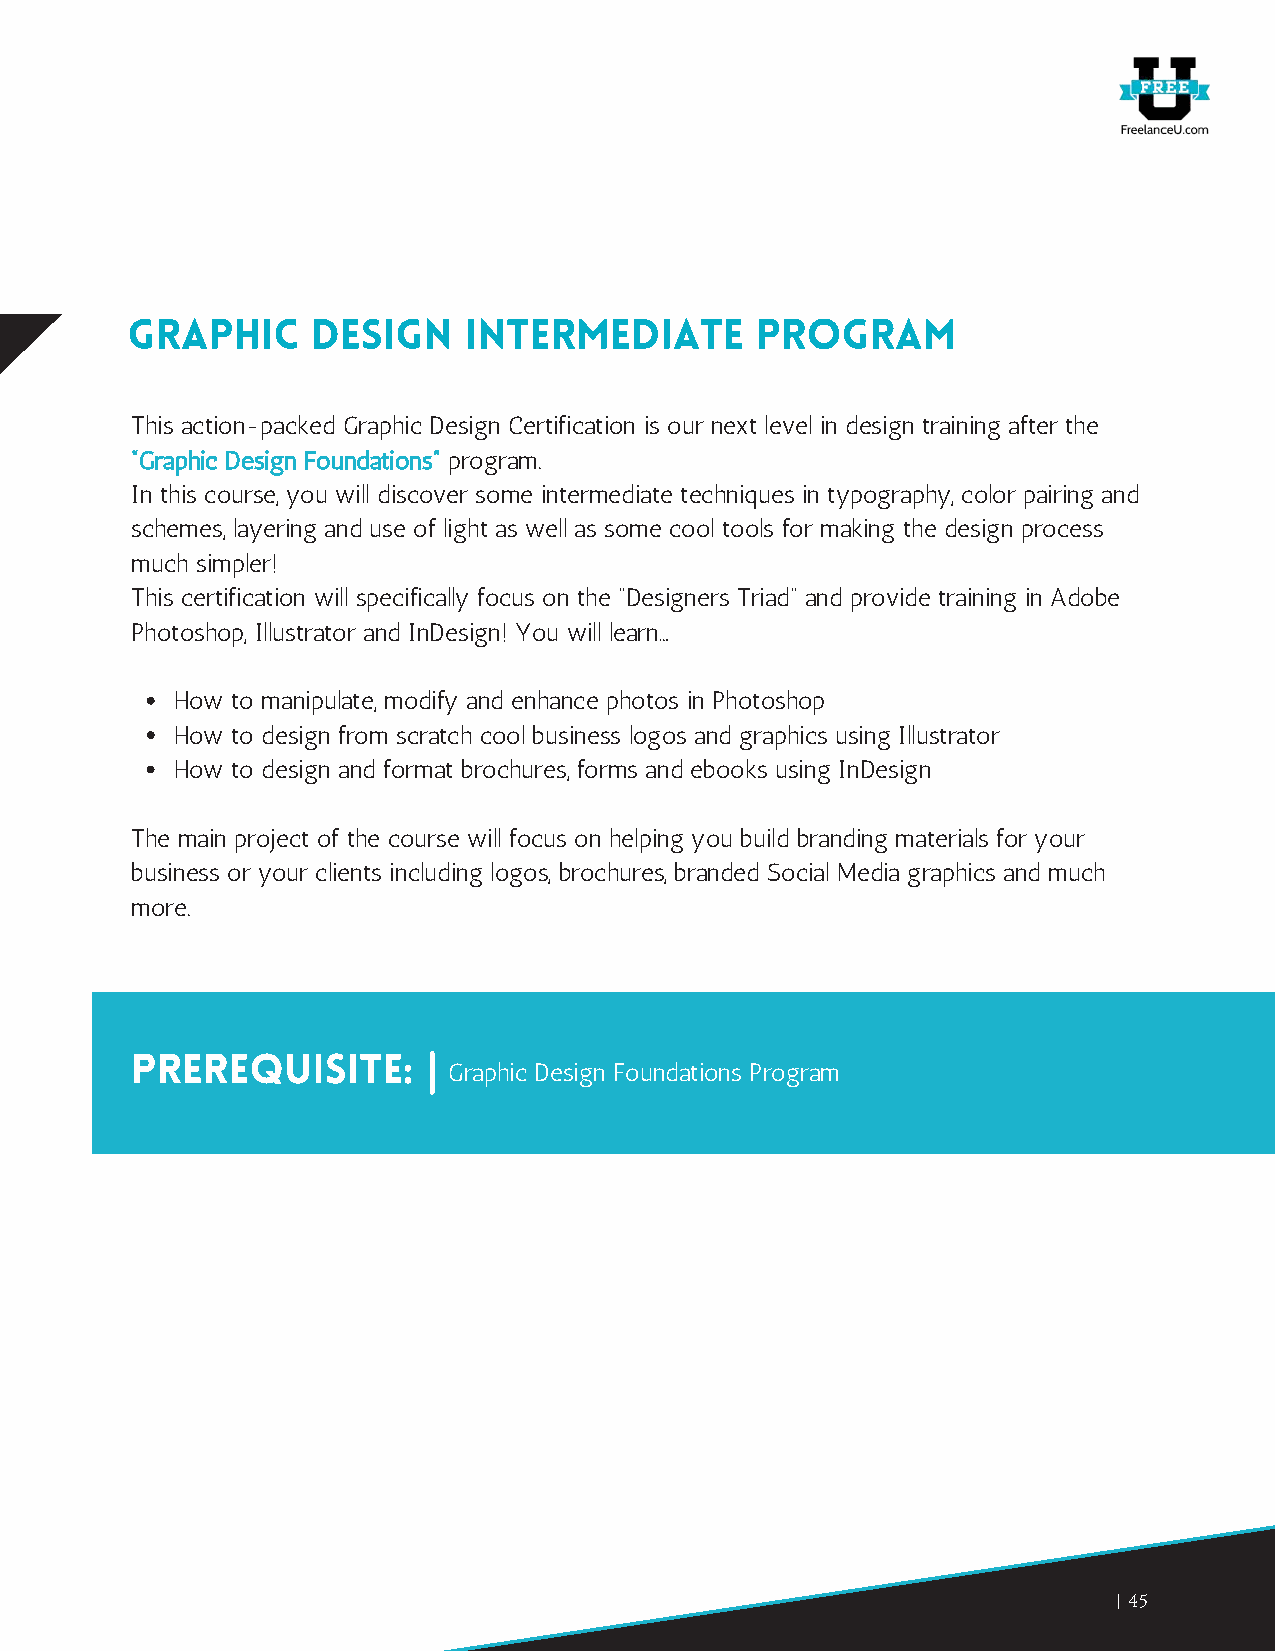
Graphic      Design    Intermediate       Program
 This action-packed Graphic Design Certification is our next level in design training after the
 “Graphic Design Foundations” program.
 In this course, you will discover some intermediate techniques in typography, color pairing and
 schemes, layering and use of light as well as some cool tools for making the design process
 much simpler!
 This certification will specifically focus on the “Designers Triad” and provide training in Adobe
 Photoshop, Illustrator and InDesign! You will learn…
 How to manipulate, modify and enhance photos in Photoshop
 How to design from scratch cool business logos and graphics using Illustrator
 How to design and format brochures, forms and ebooks using InDesign
 The main project of the course will focus on helping you build branding materials for your
 business or your clients including logos, brochures, branded Social Media graphics and much
 more.
 Prerequisite:
 Graphic Design Foundations Program
 45